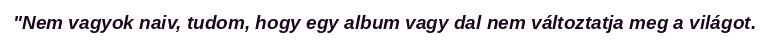
"Nem vagyok naiv, tudom, hogy egy album vagy dal nem változtatja meg a világot.